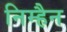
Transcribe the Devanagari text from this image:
निम्हैन